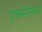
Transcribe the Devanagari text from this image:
एक्सेल्सा